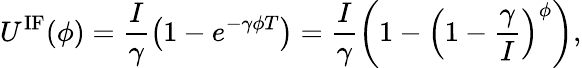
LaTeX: U^{\mathrm{IF}}(\phi)=\frac{I}{\gamma}\left(1-e^{-\gamma\phi T}\right)=\frac{I}{\gamma}\left(1-\left(1-\frac{\gamma}{I}\right)^{\phi}\right),